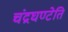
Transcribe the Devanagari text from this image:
चंद्रघण्टेति